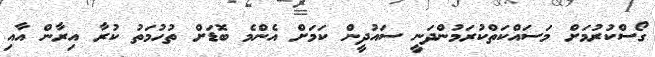
ގޯސްކުރުމަށް މަސައްކަތްކުރަމުންދަނީ ސައުދީން ކަމަށް އެންމެ ބޮޑަށް ތުހުމަތު ކުރާ އިރާން އާއި